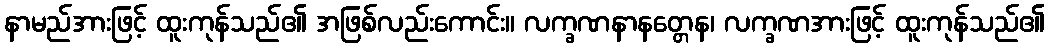
နာမည်အားဖြင့် ထူးကုန်သည်၏ အဖြစ်လည်းကောင်း။ လက္ခဏနာနတ္တေန၊ လက္ခဏအားဖြင့် ထူးကုန်သည်၏